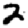
Digit: 2